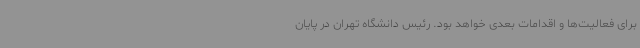
برای فعالیت‌ها و اقدامات بعدی خواهد بود. رئیس دانشگاه تهران در پایان